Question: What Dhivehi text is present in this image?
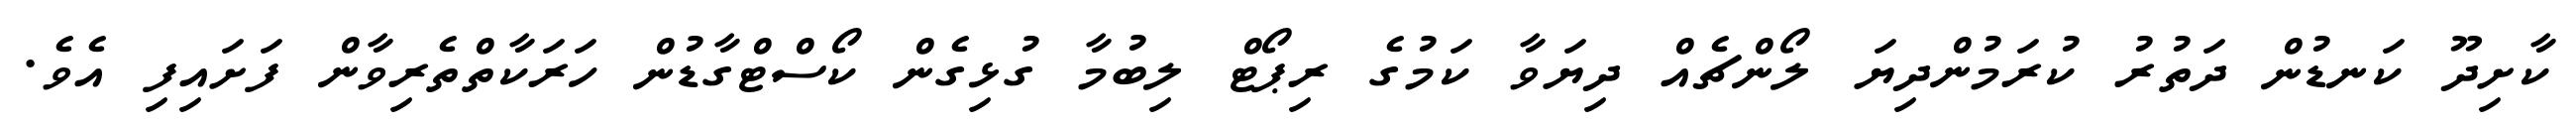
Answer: ކާށިދޫ ކަނޑުން ދަތުރު ކުރަމުންދިޔަ ލޯންޗެއް ދިޔަވާ ކަމުގެ ރިޕޯޓް ލިބުމާ ގުޅިގެން ކޯސްޓްގާޑުން ހަރަކާތްތެރިވާން ފަށައިފި އެވެ.